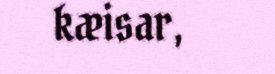
kæisar,